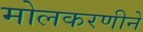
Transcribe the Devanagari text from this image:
मोलकरणीने